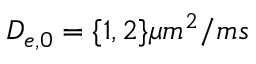
D _ { e , 0 } = \{ 1 , 2 \} \mu m ^ { 2 } / m s